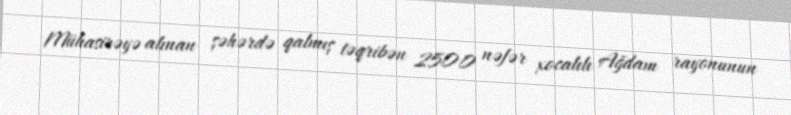
Mühasirəyə alınan şəhərdə qalmış təqribən 2500 nəfər xocalılı Ağdam rayonunun